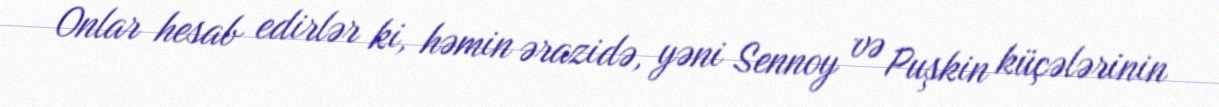
Onlar hesab edirlər ki, həmin ərazidə, yəni Sennoy və Puşkin küçələrinin